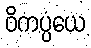
ဝိကပ္ပယေ